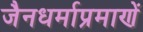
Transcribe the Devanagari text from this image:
जैनधर्माप्रमाणें